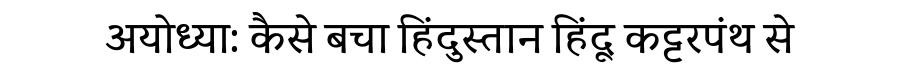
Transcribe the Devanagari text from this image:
अयोध्या: कैसे बचा हिंदुस्तान हिंदू कट्टरपंथ से